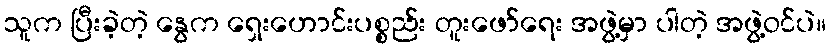
သူက ပြီးခဲ့တဲ့ နွေက ရှေးဟောင်းပစ္စည်း တူးဖော်ရေး အဖွဲ့မှာ ပါတဲ့ အဖွဲ့ဝင်ပဲ။